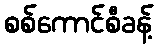
စစ်ကောင်စီခန့်